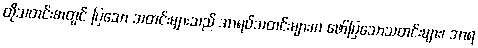
ထိုသတင်းစာတွင် ပြသော သတင်းများသည် အာရပ်သတင်းများက ဖော်ပြသောသတင်းများ၊ အာရ